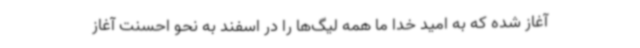
آغاز شده که به امید خدا ما همه لیگ‌ها را در اسفند به نحو احسنت آغاز